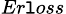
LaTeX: {_{Er\mathtt{l}oss}}